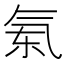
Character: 𣱝